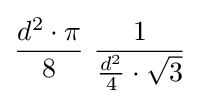
{\frac {d^{2}\cdot \pi }{8}}\ {\frac {1}{{\frac {d^{2}}{4}}\cdot {\sqrt {3}}}}